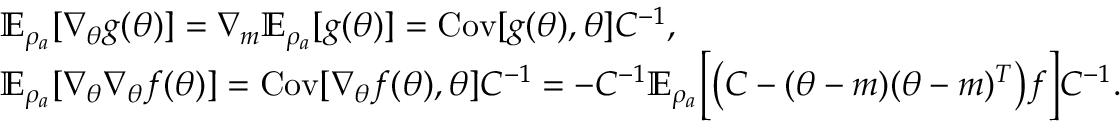
\begin{array} { r l } & { \mathbb { E } _ { \rho _ { a } } [ \nabla _ { \theta } g ( \theta ) ] = \nabla _ { m } \mathbb { E } _ { \rho _ { a } } [ g ( \theta ) ] = \mathrm { C o v } [ g ( \theta ) , \theta ] C ^ { - 1 } , } \\ & { \mathbb { E } _ { \rho _ { a } } [ \nabla _ { \theta } \nabla _ { \theta } f ( \theta ) ] = \mathrm { C o v } [ \nabla _ { \theta } f ( \theta ) , \theta ] C ^ { - 1 } = - C ^ { - 1 } \mathbb { E } _ { \rho _ { a } } \Bigl [ \bigl ( C - ( \theta - m ) ( \theta - m ) ^ { T } \bigr ) f \Bigr ] C ^ { - 1 } . } \end{array}